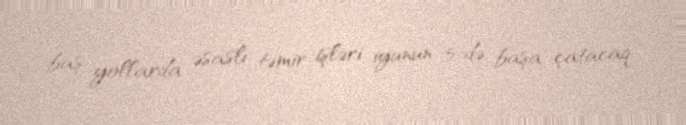
baş yollarda əsaslı təmir işləri iyunun 5-də başa çatacaq.